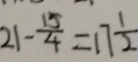
2 1 - \frac { 1 5 } { 4 } = 1 7 \frac { 1 } { 2 }